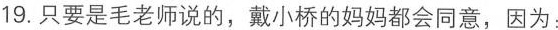
19.只要是毛老师说的，戴小桥的妈妈都会同意，因为：